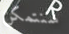
سنتمكن